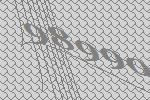
98990